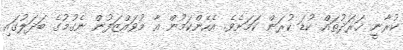
ކުރާނީ ޚަރަދުތައް ކުޑަ ކުރަން ކަަމަށެވެ. އެހެންކަމުން އާ މުވައްޒަފުން ނެގުމުގެ ބަދަލުގައި